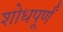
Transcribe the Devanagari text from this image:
शोधपूर्णं